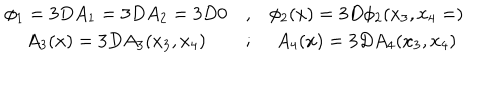
LaTeX: \begin{array} { c c c } { { \phi _ { 1 } = 3 D A _ { 1 } = 3 D A _ { 2 } = 3 D 0 } } & { { , } } & { { \phi _ { 2 } ( x ) = 3 D \phi _ { 2 } ( x _ { 3 } , x _ { 4 } = ) } } \\ { { A _ { 3 } ( x ) = 3 D A _ { 3 } ( x _ { 3 } , x _ { 4 } ) } } & { { ; } } & { { A _ { 4 } ( x ) = 3 D A _ { 4 } ( x _ { 3 } , x _ { 4 } ) } } \\ \end{array}